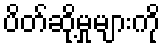
ပိတ်ဆို့မှုများကို